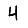
Digit: 4